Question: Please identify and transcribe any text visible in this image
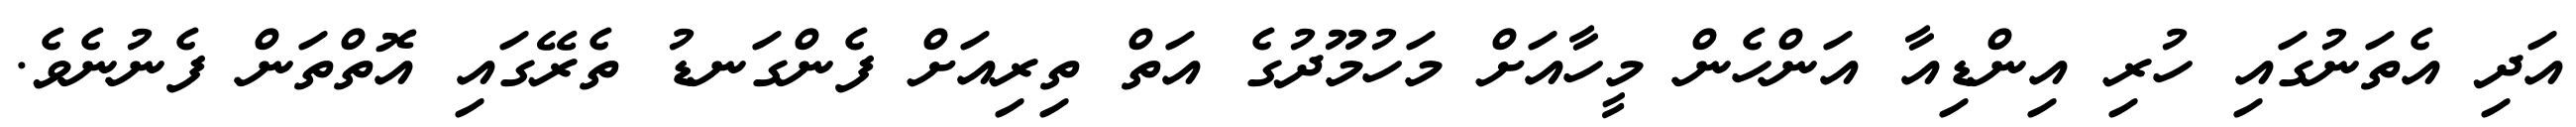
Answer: އަދި އެތަނުގައި ހުރި އިންޑިއާ އަންހެން މީހާއަށް މަހުމޫދުގެ އަތް ތިރިއަށް ފެންގަނޑު ތެރޭގައި އޮތްތަން ފެނުނެވެ.